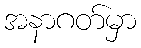
အနာဂတ်မှာ